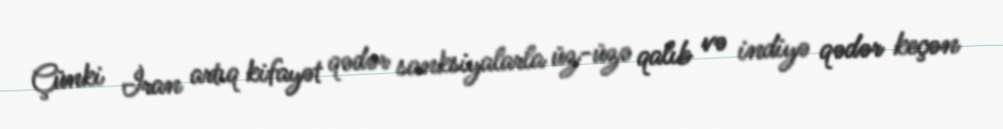
Çünki İran artıq kifayət qədər sanksiyalarla üz-üzə qalıb və indiyə qədər keçən